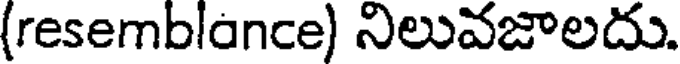
(resemblance) నిలువజాలదు.